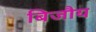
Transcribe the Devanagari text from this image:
बिजौय